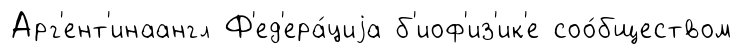
Арг'ент'инаангл Ф'ед'ера́циjа б'иоф'из'ик'е соо́бществом